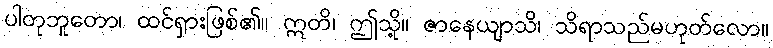
ပါတုဘူတော၊ ထင်ရှားဖြစ်၏။ ဣတိ၊ ဤသို့။ ဇာနေယျာသိ၊ သိရာသည်မဟုတ်လော။